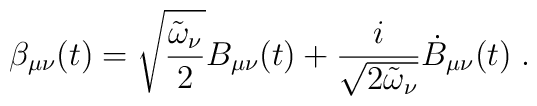
\beta_{\mu\nu}(t)=\sqrt{\frac{\tilde{\omega}_\nu}{2}}B_{\mu\nu}(t)+\frac{i}{\sqrt{2\tilde{\omega}_\nu}}\dot{B}_{\mu\nu}(t)\;.